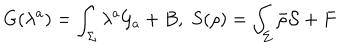
G ( \lambda ^ { a } ) = \int _ { \Sigma } \lambda ^ { a } { \cal G } _ { a } + B , \; S ( \rho ) = \int _ { \Sigma } \bar { \rho } { \cal S } + F